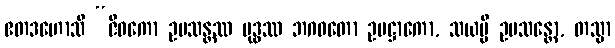
ဧတဒဟောသိ “ဇီဝကော ဥပသန္တဿ ဗုဒ္ဓဿ ဘဂဝတော ဥပဋ္ဌာကော, သယမ္ပိ ဥပသန္တော, တသ္မာ